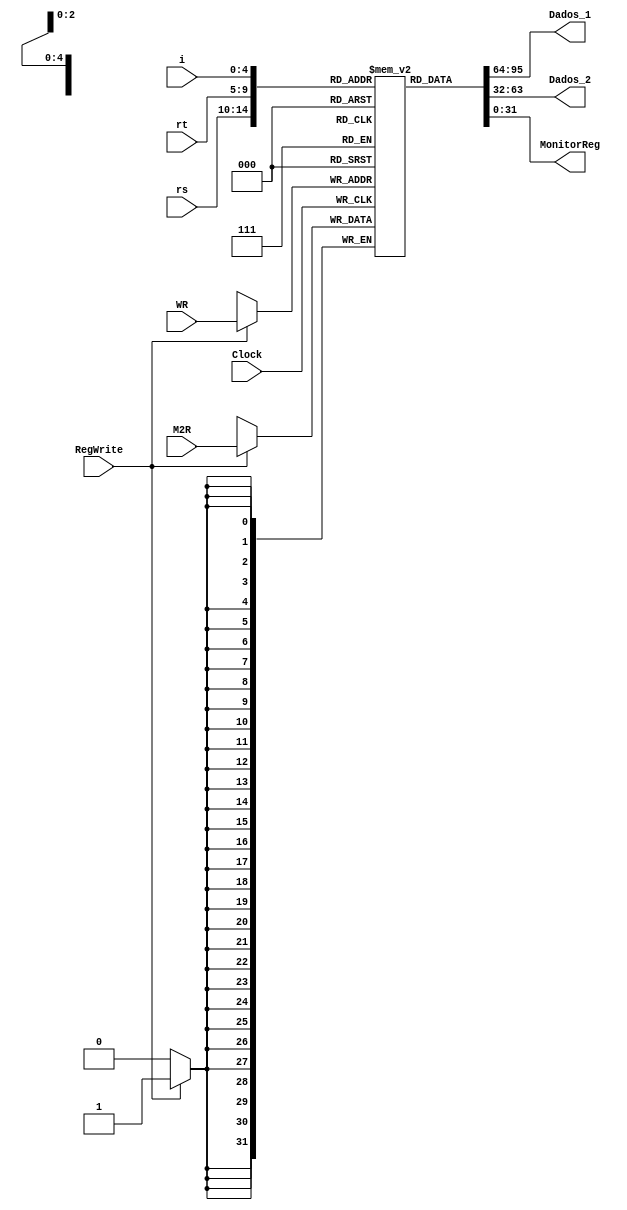
module Registradores(i,rs,rt,WR,M2R,RegWrite,Dados_1,Dados_2,Clock,MonitorReg);
	input [4:0] rs,rt,i;					// Codificao dos Registradores
	input [4:0] WR;							// Write Register
	input [31:0] M2R;							// Memria para Registrador
	input RegWrite;
	input Clock;
	
	output [31:0] Dados_1,Dados_2,MonitorReg;  // Dados de Sada
	reg [31:0] Registros[31:0];					 // Banco de Registradores
	
	always@(posedge Clock)
	begin

		if(RegWrite==1)
		begin
			Registros[WR] = M2R;
		end
		
	end
	
	assign Dados_1 = Registros[rs];
	assign Dados_2 = Registros[rt];
	assign MonitorReg = Registros[i];
	
endmodule